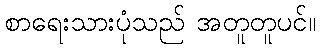
စာရေးသားပုံသည် အတူတူပင်။